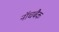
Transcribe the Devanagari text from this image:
नॉचबैक